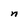
Character: n